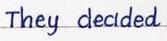
They decided